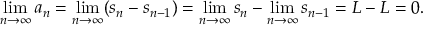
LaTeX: \operatorname* { l i m } _ { n \to \infty } a _ { n } = \operatorname* { l i m } _ { n \to \infty } ( s _ { n } - s _ { n - 1 } ) = \operatorname* { l i m } _ { n \to \infty } s _ { n } - \operatorname* { l i m } _ { n \to \infty } s _ { n - 1 } = L - L = 0 .